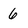
Character: 6